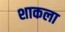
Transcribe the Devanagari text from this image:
शाकला